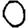
Digit: 0